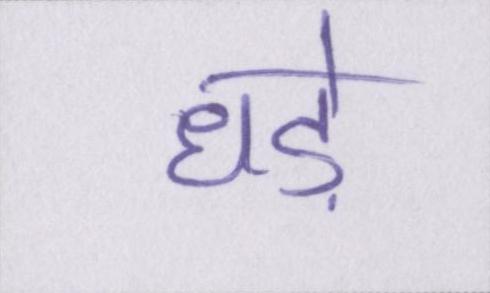
धड़े